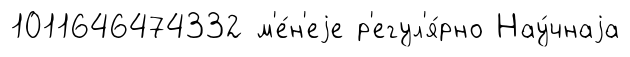
1011646474332 м'е́н'еjе р'егул'я́рно Нау́чнаjа